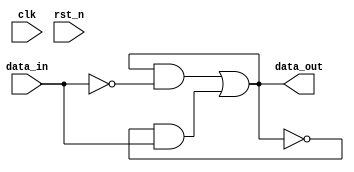
module Schmitt_Trigger_inverter (
    input wire clk,
    input wire rst_n,
    input wire data_in,
    output wire data_out
);

wire inv_out;
wire schmitt_out;

assign inv_out = ~data_in; //inverter gate

assign schmitt_out = (schmitt_out && inv_out) || (~schmitt_out && ~inv_out); //Schmitt trigger feedback loop

assign data_out = schmitt_out;

endmodule